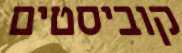
קוביסטים